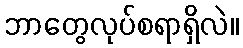
ဘာတွေလုပ်စရာရှိလဲ။